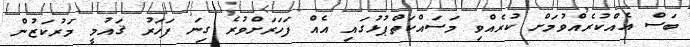
ބަސް އެއްކުރެއްވުމަށް ކުރެއްވި މަސައްކަތްޕުޅުގައި އެއް ފަހަރަށްވުރެ ގިނަ ފަހަރު ޤައުމީ މަރުކަޒުން